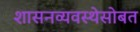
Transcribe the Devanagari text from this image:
शासनव्यवस्थेसोबत